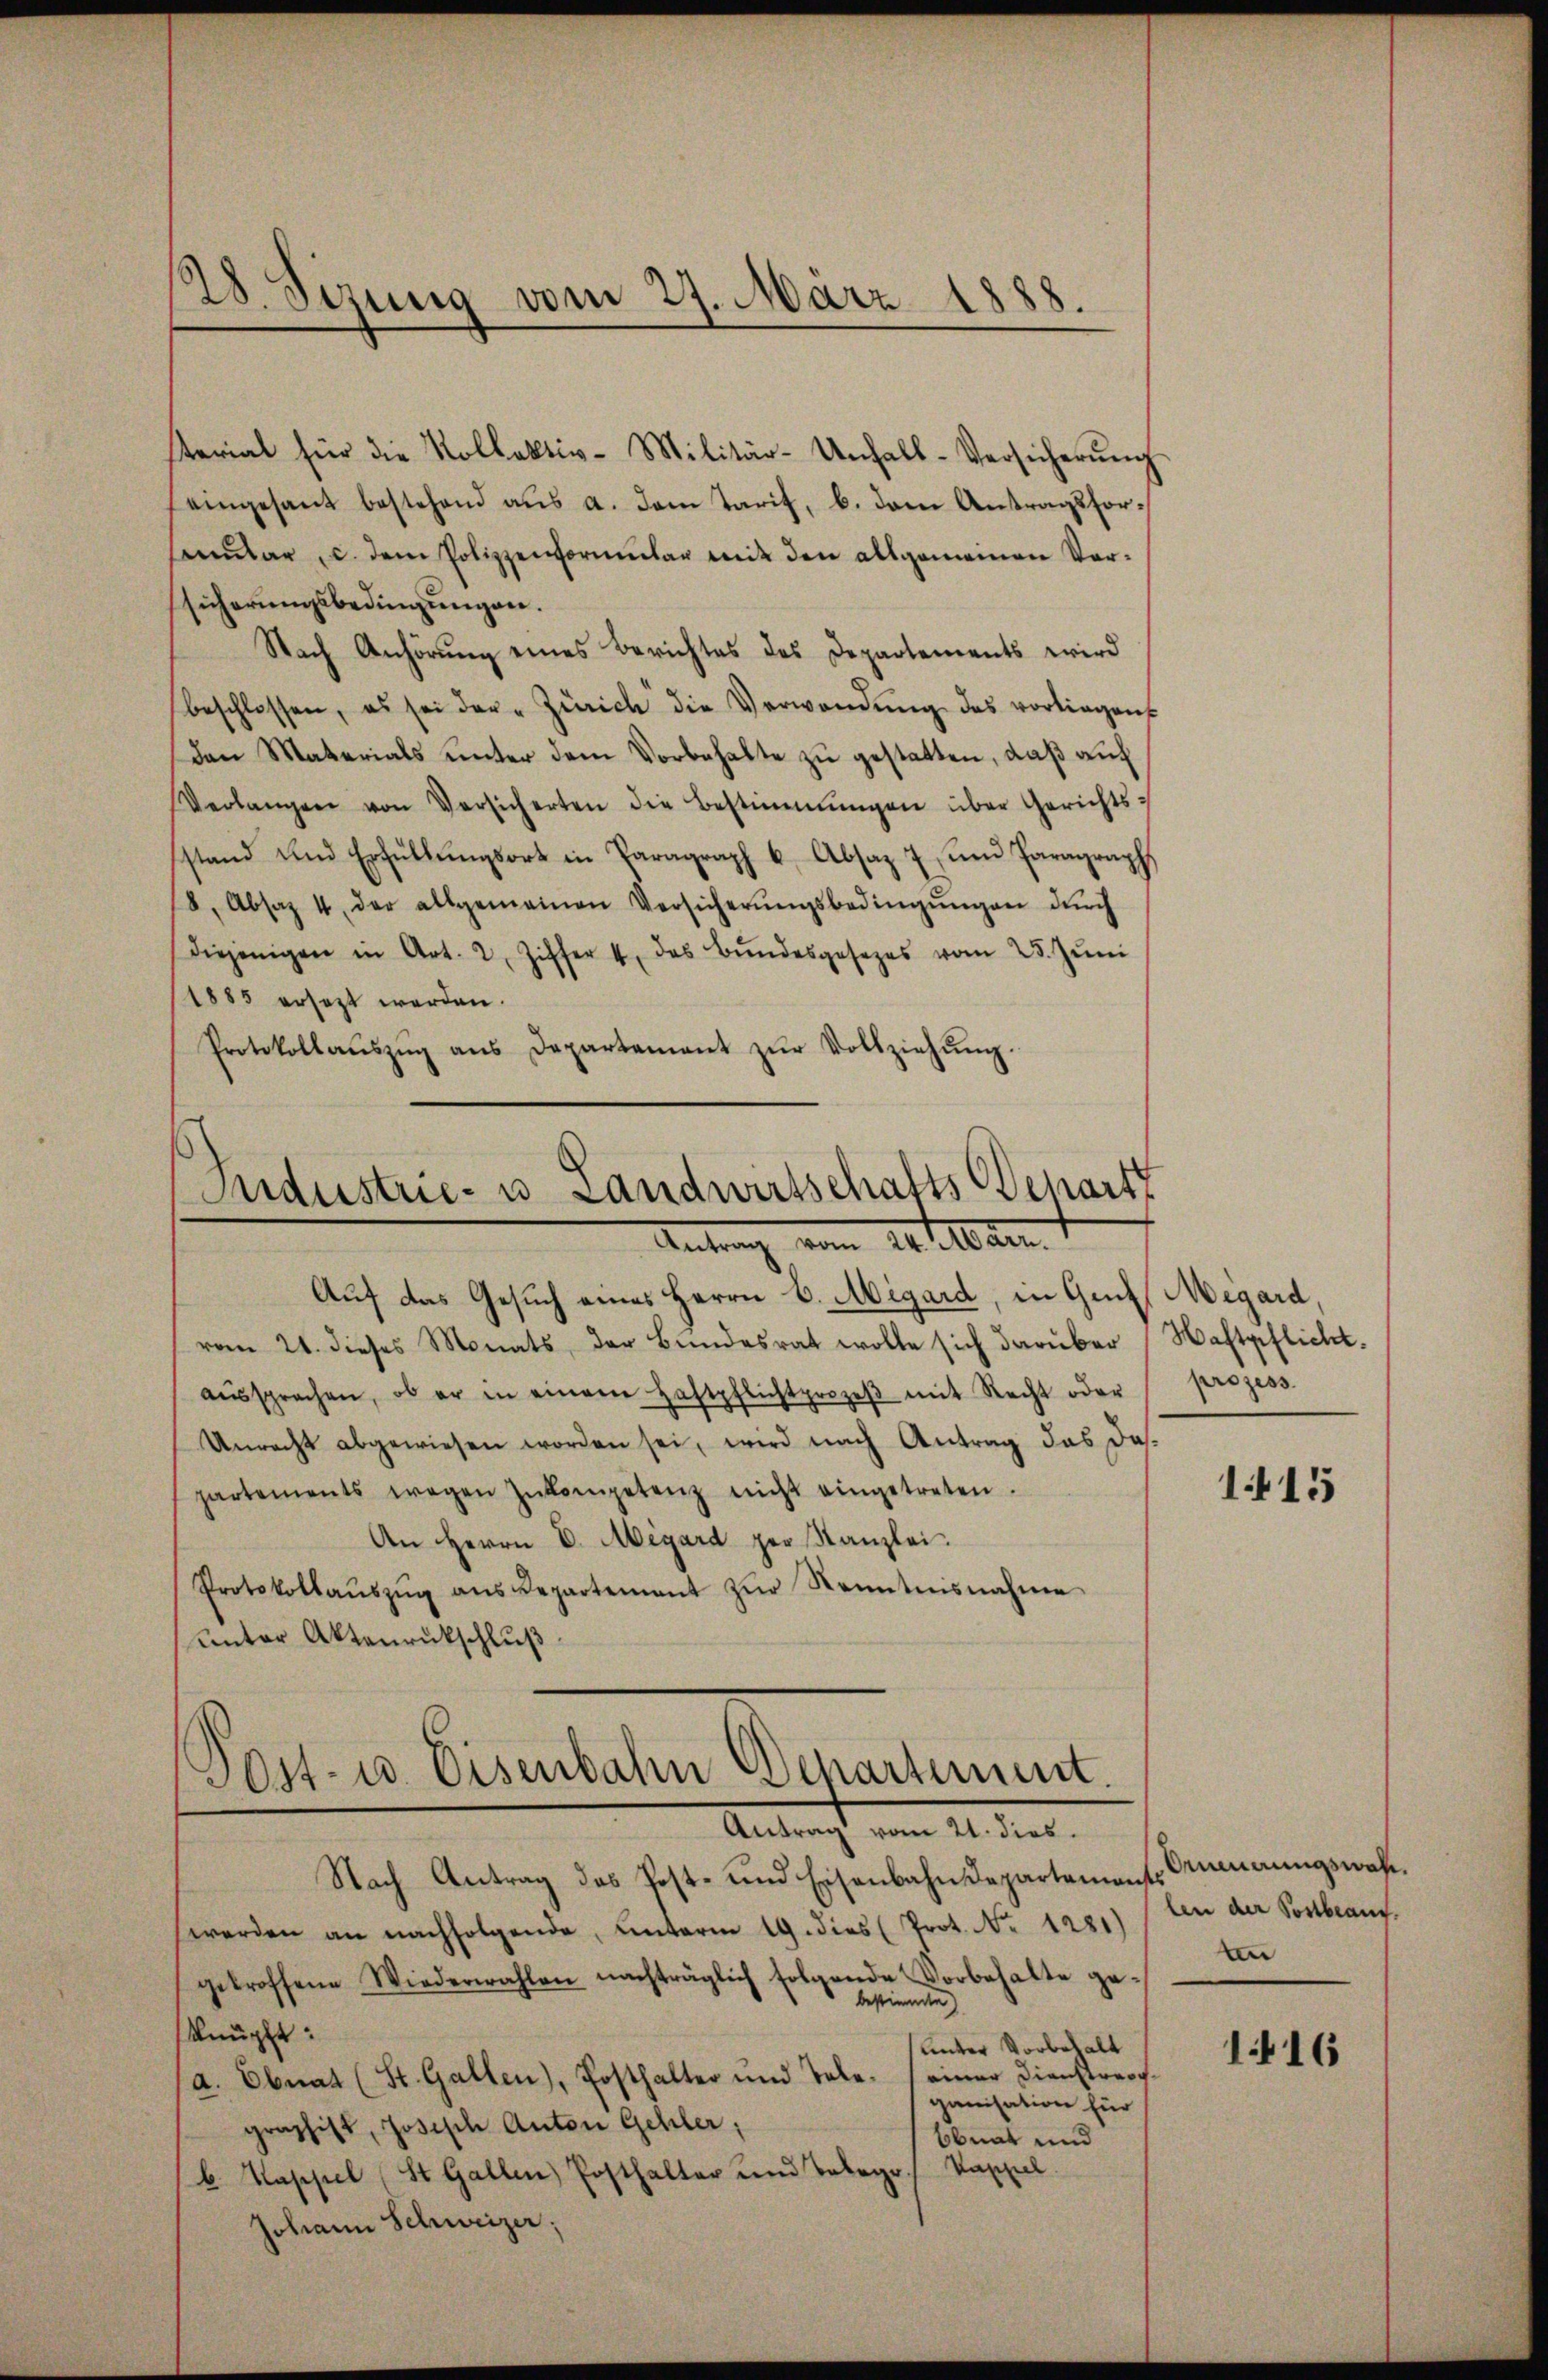
28. Sizung vom 27. März 1888.

terial für die Kollektiv-Militär-Unhall-Versicherŭng
eingesant bestehend aus a. dem Tarif, b. dem Antragsforsonŭlar c. dem Polizzenormŭlar mit den allgemeinen Vor-
sicherungsbedingungen.
Nach Anhörung eines Berichtes des Departements wird
beschlossen, es sei der Zürich die Verwendŭng des vorliegens
Den Materials unter dem Vorbehalte zu gestatten, daß auch
Verlangen von Versicherten die Bestimmungen über Gerichts-
stand und Erfüllŭngsort in Paragraph b. Absaz 7 ŭm Paragraph
8, Absaz 4 der allgemeinen Versicherŭngsbedingŭngen dŭrch
diejenigen in Art. 2, Ziffer 4 des Bŭndesgesezes vom 25. Jŭni
1885 ersezt werden.
Protokollaŭszŭg ans Departement zŭr Vollziehŭng.

Industrie- u. Landwirtschafts-Depart
Antrag, vom 10te an. 1

Sost- u. Eisenbahn Departement.
Antracht vom 21. dies

Auf das Gesuch eines Herrn B. Migard, in Gut, Megard,
vom 21. dieses Monats, der Bŭndesrat wolle sich darüber Haftpflicht.
aŭssprachen, ob er in einem Haftpflichtprozeβ mit Recht oder
Unrecht abgewiesen worden sei, wird nach Antrag das daspartements wegen Inkompetenz nicht eingetreten.
An Herrn D. Megard per Kanzlei.
Protokollaŭszŭg ans Departement zŭr Kenntnisnahme
unter Aktenrückschluß

prozess

Nach Antrag das Post- und Eisenbahndepartements Crimierungswahl,
werden an nachfolgende, unterm 19. dies (Prot. No 1281)
getroffene Wiederwahlen nachträglich folgende Vorbehalte ge-
bestimmten)
knüpft:
unter Vorbehalt
a. Ebnat (St. Gallen), Posthalter und Tale. (einer Dienstreichganisation für
graphist, Josisch Anton Gehler,
Obnat und
b. Kappel (St. Gallen Posthalter und Telege Kappel
Johann Schweizer;

1415

len der Postbeauf
ten

1416